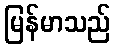
မြန်မာသည်